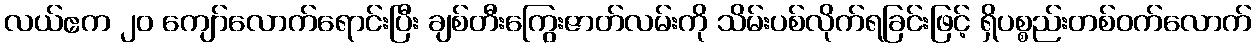
လယ်ဧက ၂၀ ကျော်လောက်ရောင်းပြီး ချစ်တီးကြွေးဇာတ်လမ်းကို သိမ်းပစ်လိုက်ရခြင်းဖြင့် ရှိပစ္စည်းတစ်ဝက်လောက်